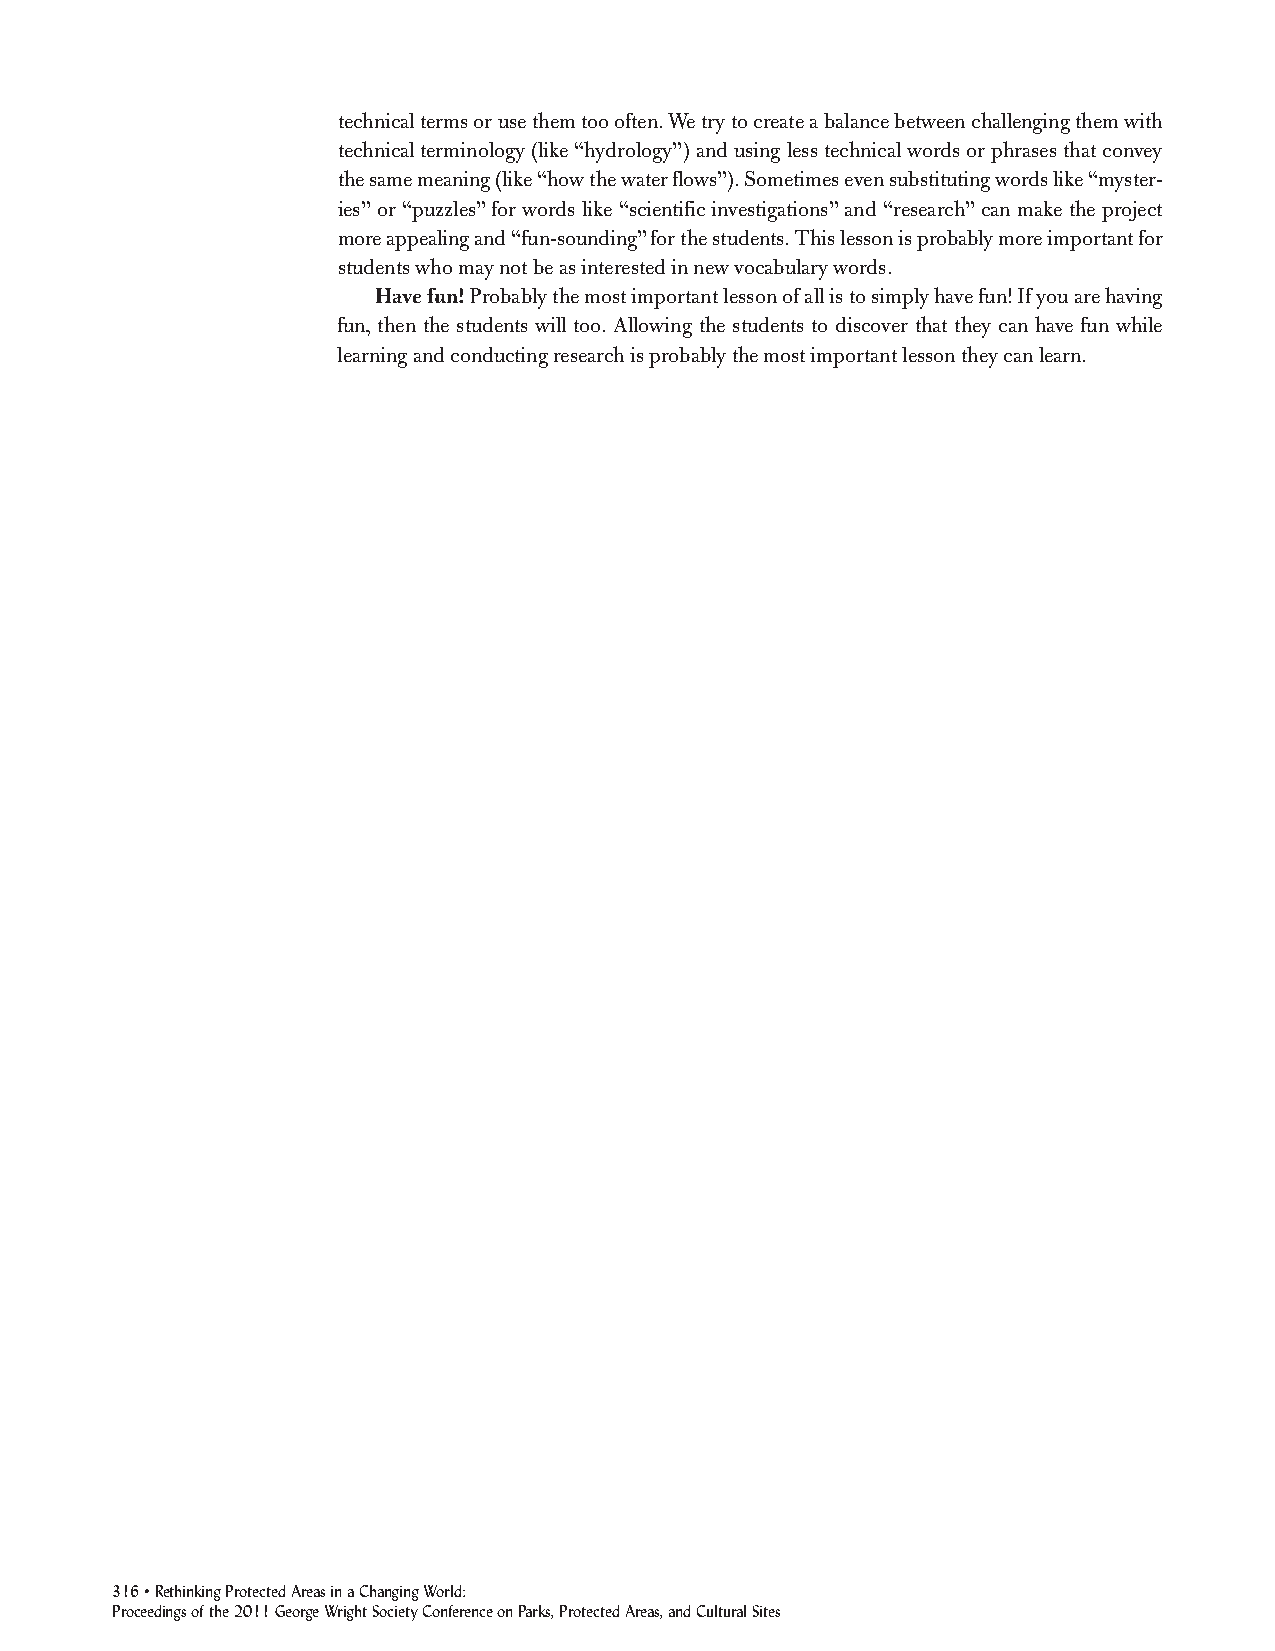
technical terms or use them too often. We try to create a balance between challenging them with
 technical terminology (like “hydrology”) and using less technical words or phrases that convey
 the same meaning (like “how the water flows”). Sometimes even substituting words like “myster-
 ies” or “puzzles” for words like “scientific investigations” and “research” can make the project
 more appealing and “fun-sounding” for the students. This lesson is probably more important for
 students who may not be as interested in new vocabulary words.
 Have fun!Probably the most important lesson of all is to simply have fun! If you are having
 fun, then the students will too. Allowing the students to discover that they can have fun while
 learning and conducting research is probably the most important lesson they can learn.
 316• Rethinking Protected Areas in a Changing World:
 Proceedings of the 2011 George Wright Society Conference on Parks, Protected Areas, and Cultural Sites